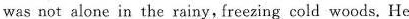
was not alone in the rainy,freezing cold woods.He